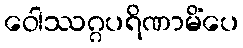
ဝေါဿဂ္ဂပရိဏာမိံပေ